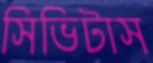
সিভিটাস